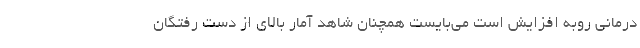
درمانی روبه افزایش است می‌بایست همچنان شاهد آمار بالای از دست رفتگان